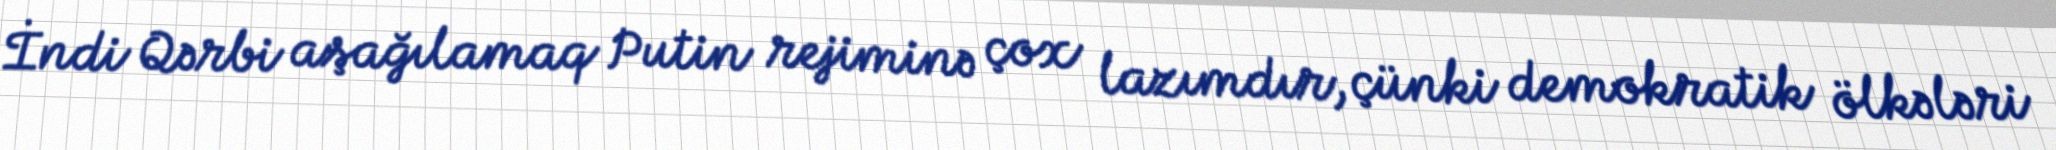
İndi Qərbi aşağılamaq Putin rejiminə çox lazımdır, çünki demokratik ölkələri